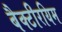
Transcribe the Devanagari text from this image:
बैक्टीरयिम